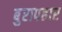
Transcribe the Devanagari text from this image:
बुरापहार